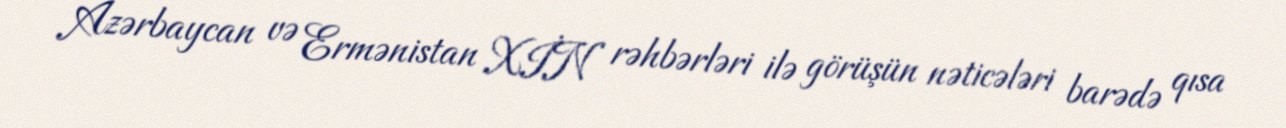
Azərbaycan və Ermənistan XİN rəhbərləri ilə görüşün nəticələri barədə qısa